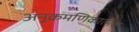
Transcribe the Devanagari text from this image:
अनुक्रमणिकात्मक